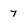
Character: 7